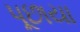
પૂછાયા